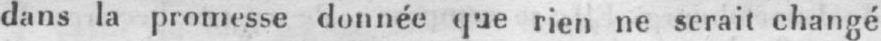
dans la promesse donnée que rien ne serait changé